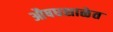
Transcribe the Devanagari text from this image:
औषधशाळेत